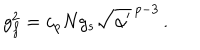
g _ { f } ^ { 2 } = c _ { p } N g _ { s } \sqrt { \alpha ^ { \prime } } ^ { \, p - 3 } \, .